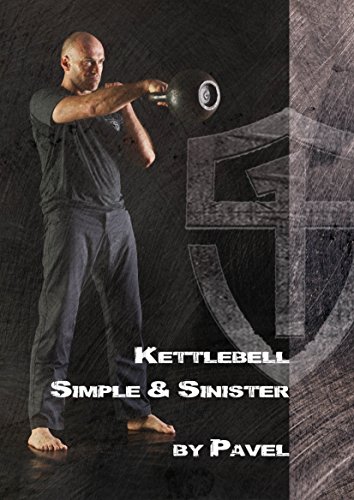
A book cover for Kettlebell Simple & Sinister; Pavel Tsatsouline; Health, Fitness & Dieting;